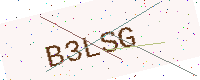
Text: B3LSG